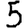
Digit: 5